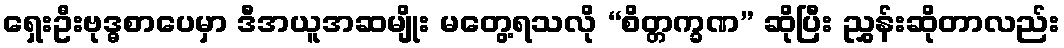
ရှေးဦးဗုဒ္ဓစာပေမှာ ဒီအယူအဆမျိုး မတွေ့ရသလို “စိတ္တက္ခဏ” ဆိုပြီး ညွှန်းဆိုတာလည်း